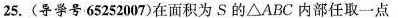
25.(导学号65252007)在面积为S的\triangle ABC内部任取一点